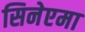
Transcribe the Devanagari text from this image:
सिनेएमा